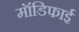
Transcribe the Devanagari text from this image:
मॉडिफाई